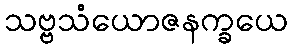
သဗ္ဗသံယောဇနက္ခယေ